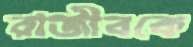
রাজীবকে